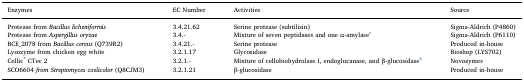
| Enzymes | EC Number | Activities | Source |
 | --- | --- | --- | --- |
 | Protease from Bacillus licheniformis | 3.4.21.62 | Serine protease (subtilisin) | Sigma-Aldrich (P4860) |
 | Protease from Aspergillus oryzae | 3.4.- | Mixture of seven peptidases and one α-amylasea | Sigma-Aldrich (P6110) |
 | BCE_2078 from Bacillus cereus (Q739R2) | 3.4.21.- | Serine protease | Produced in-house |
 | Lysozyme from chicken egg white | 3.2.1.17 | Glycosidase | Bioshop (LYS702) |
 | Cellic® CTec 2 | 3.2.1.- | Mixture of cellobiohydrolase I, endoglucanase, and β-glucosidaseb | Novozymes |
 | SCO6604 from Streptomyces coelicolor (Q8CJM3) | 3.2.1.21 | β-glucosidase | Produced in-house |